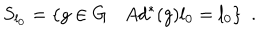
S _ { l _ { 0 } } = \{ g \in G \ \, \ \ A d ^ { * } ( g ) l _ { 0 } = l _ { 0 } \} \ \ .